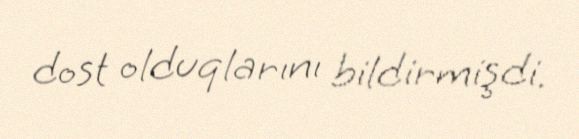
dost olduqlarını bildirmişdi.